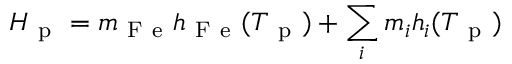
H _ { \mathrm { ~ p ~ } } = m _ { \mathrm { ~ F ~ e ~ } } h _ { \mathrm { ~ F ~ e ~ } } ( T _ { \mathrm { ~ p ~ } } ) + \sum _ { i } m _ { i } h _ { i } ( T _ { \mathrm { ~ p ~ } } )